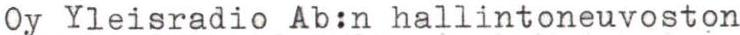
Oy Yleisradio Ab:n hallintoneuvoston